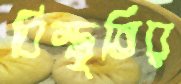
বিস্তৃতির